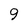
Character: 9